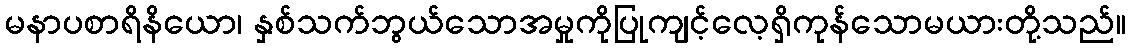
မနာပစာရိနိယော၊ နှစ်သက်ဘွယ်သောအမှုကိုပြုကျင့်လေ့ရှိကုန်သောမယားတို့သည်။